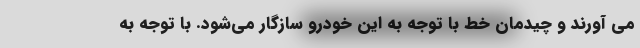
می آورند و چیدمان خط با توجه به این خودرو سازگار می‌شود. با توجه به